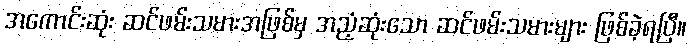
အကောင်းဆုံး ဆင်ဖမ်းသမားအဖြစ်မှ အညံ့ဆုံးသော ဆင်ဖမ်းသမားများ ဖြစ်ခဲ့ရပြီ။